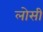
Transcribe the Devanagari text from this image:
लोसी